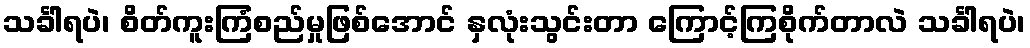
သင်္ခါရပဲ၊ စိတ်ကူးကြံစည်မှုဖြစ်အောင် နှလုံးသွင်းတာ ကြောင့်ကြစိုက်တာလဲ သင်္ခါရပဲ၊